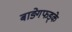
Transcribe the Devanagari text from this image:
बाङ्गेफड्के